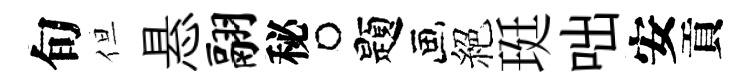
旬但悬翮秘题絕珽咄安貢